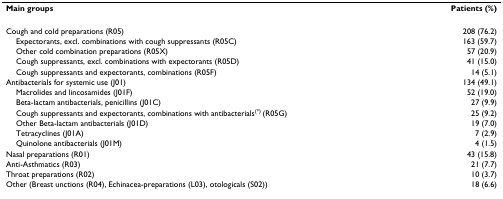
<table><thead><tr><td><b>Main groups</b></td><td><b>Patients (%)</b></td></tr></thead><tbody><tr><td>Cough and cold preparations (R05)</td><td>208 (76.2)</td></tr><tr><td> Expectorants, excl. combinations with cough suppressants (R05C)</td><td>163 (59.7)</td></tr><tr><td> Other cold combination preparations (R05X)</td><td>57 (20.9)</td></tr><tr><td> Cough suppressants, excl. combinations with expectorants (R05D)</td><td>41 (15.0)</td></tr><tr><td> Cough suppressants and expectorants, combinations (R05F)</td><td>14 (5.1)</td></tr><tr><td>Antibacterials for systemic use (J01)</td><td>134 (49.1)</td></tr><tr><td> Macrolides and lincosamides (J01F)</td><td>52 (19.0)</td></tr><tr><td> Beta-lactam antibacterials, penicillins (J01C)</td><td>27 (9.9)</td></tr><tr><td> Cough suppressants and expectorants, combinations with antibacterials<sup>(*) </sup>(R05G)</td><td>25 (9.2)</td></tr><tr><td> Other Beta-lactam antibacterials (J01D)</td><td>19 (7.0)</td></tr><tr><td> Tetracyclines (J01A)</td><td>7 (2.9)</td></tr><tr><td> Quinolone antibacterials (J01M)</td><td>4 (1.5)</td></tr><tr><td>Nasal preparations (R01)</td><td>43 (15.8)</td></tr><tr><td>Anti-Asthmatics (R03)</td><td>21 (7.7)</td></tr><tr><td>Throat preparations (R02)</td><td>10 (3.7)</td></tr><tr><td>Other (Breast unctions (R04), Echinacea-preparations (L03), otologicals (S02))</td><td>18 (6.6)</td></tr></tbody></table>